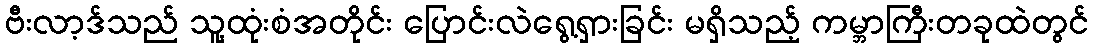
ဗီးလာ့ဒ်သည် သူ့ထုံးစံအတိုင်း ပြောင်းလဲရွေ့ရှားခြင်း မရှိသည့် ကမ္ဘာကြီးတခုထဲတွင်